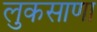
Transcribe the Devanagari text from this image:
लुकसाणा